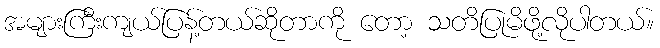
အများကြီးကျယ်ပြန့်တယ်ဆိုတာကို တော့ သတိပြုမိဖို့လိုပါတယ်။